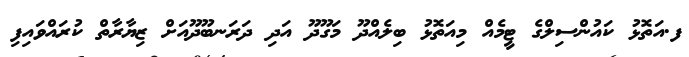
ފ.އަތޮޅު ކައުންސިލްގެ ޓީމެއް މިއަތޮޅު ބިލެއްދޫ މަގޫދޫ އަދި ދަރަނބޫދޫއަށް ޒިޔާރާތް ކުރައްވައިފި